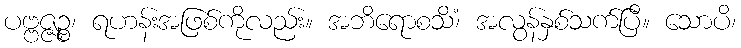
ပဗ္ဗဇ္ဇဉ္စ၊ ရဟန်းအဖြစ်ကိုလည်း။ အဘိရောစသိံ၊ အလွန်နှစ်သက်ပြီ။ သောပိ၊